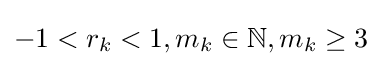
-1<r_{k}<1,m_{k}\in \mathbb {N} ,m_{k}\geq 3